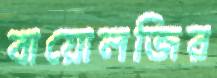
বায়োলজির